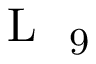
\mathrm { ~ L ~ } _ { \mathrm { ~ 9 ~ } }